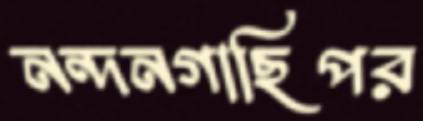
নন্দনগাছিপর